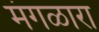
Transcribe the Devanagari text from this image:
मंगळारा